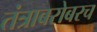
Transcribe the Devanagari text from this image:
तंत्राबरोबरच